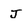
Character: J